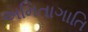
અમિતાગાતિ